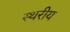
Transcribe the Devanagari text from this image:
स्थरीय